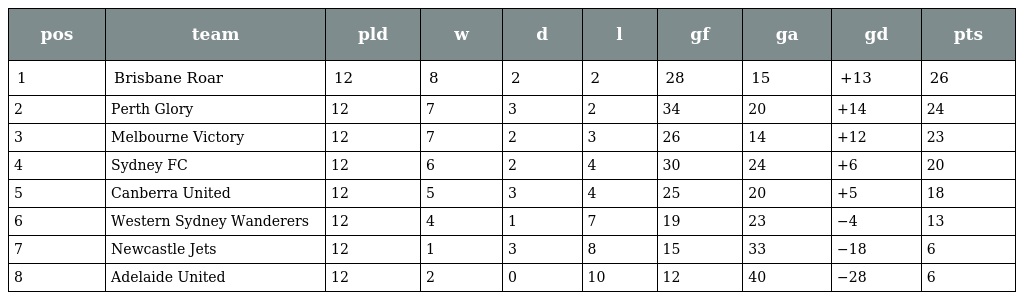
| pos | team | pld | w | d | l | gf | ga | gd | pts |
 | --- | --- | --- | --- | --- | --- | --- | --- | --- | --- |
 | 1 | Brisbane Roar | 12 | 8 | 2 | 2 | 28 | 15 | +13 | 26 |
 | 2 | Perth Glory | 12 | 7 | 3 | 2 | 34 | 20 | +14 | 24 |
 | 3 | Melbourne Victory | 12 | 7 | 2 | 3 | 26 | 14 | +12 | 23 |
 | 4 | Sydney FC | 12 | 6 | 2 | 4 | 30 | 24 | +6 | 20 |
 | 5 | Canberra United | 12 | 5 | 3 | 4 | 25 | 20 | +5 | 18 |
 | 6 | Western Sydney Wanderers | 12 | 4 | 1 | 7 | 19 | 23 | −4 | 13 |
 | 7 | Newcastle Jets | 12 | 1 | 3 | 8 | 15 | 33 | −18 | 6 |
 | 8 | Adelaide United | 12 | 2 | 0 | 10 | 12 | 40 | −28 | 6 |